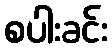
စပါးခင်း